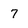
Character: 7